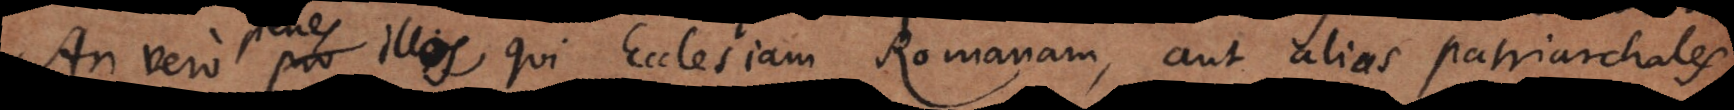
penes illos, qui Ecclesiam Romanam, aut alias patriarchales